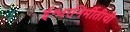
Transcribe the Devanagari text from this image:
ईश्वरनिर्मीतीची